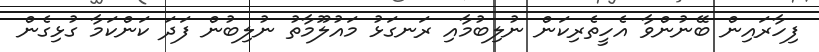
ފިހާރައިން ބޭނުންވާ އެހީތެރިކަން ނުލިބުމާއި ރަނގަޅު މައުލޫމާތު ނުލިބުން ފަދަ ކަންކަމާ ގުޅިގެން